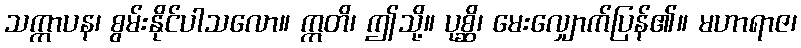
သက္ကာပန၊ စွမ်းနိုင်ပါသလော။ ဣတိ၊ ဤသို့။ ပုစ္ဆိ၊ မေးလျှောက်ပြန်၏။ မဟာရာဇ၊